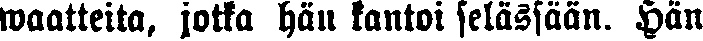
waatteita, jotka hän kantoi selässään. Hän